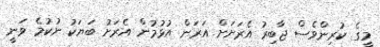
މީގެ ކުރިންވެސް ޖާބިރު އެރަށަށް އަރަން އުޅުމުން އެރަށު ބަޔަކު ނުކުމެ ވަނީ